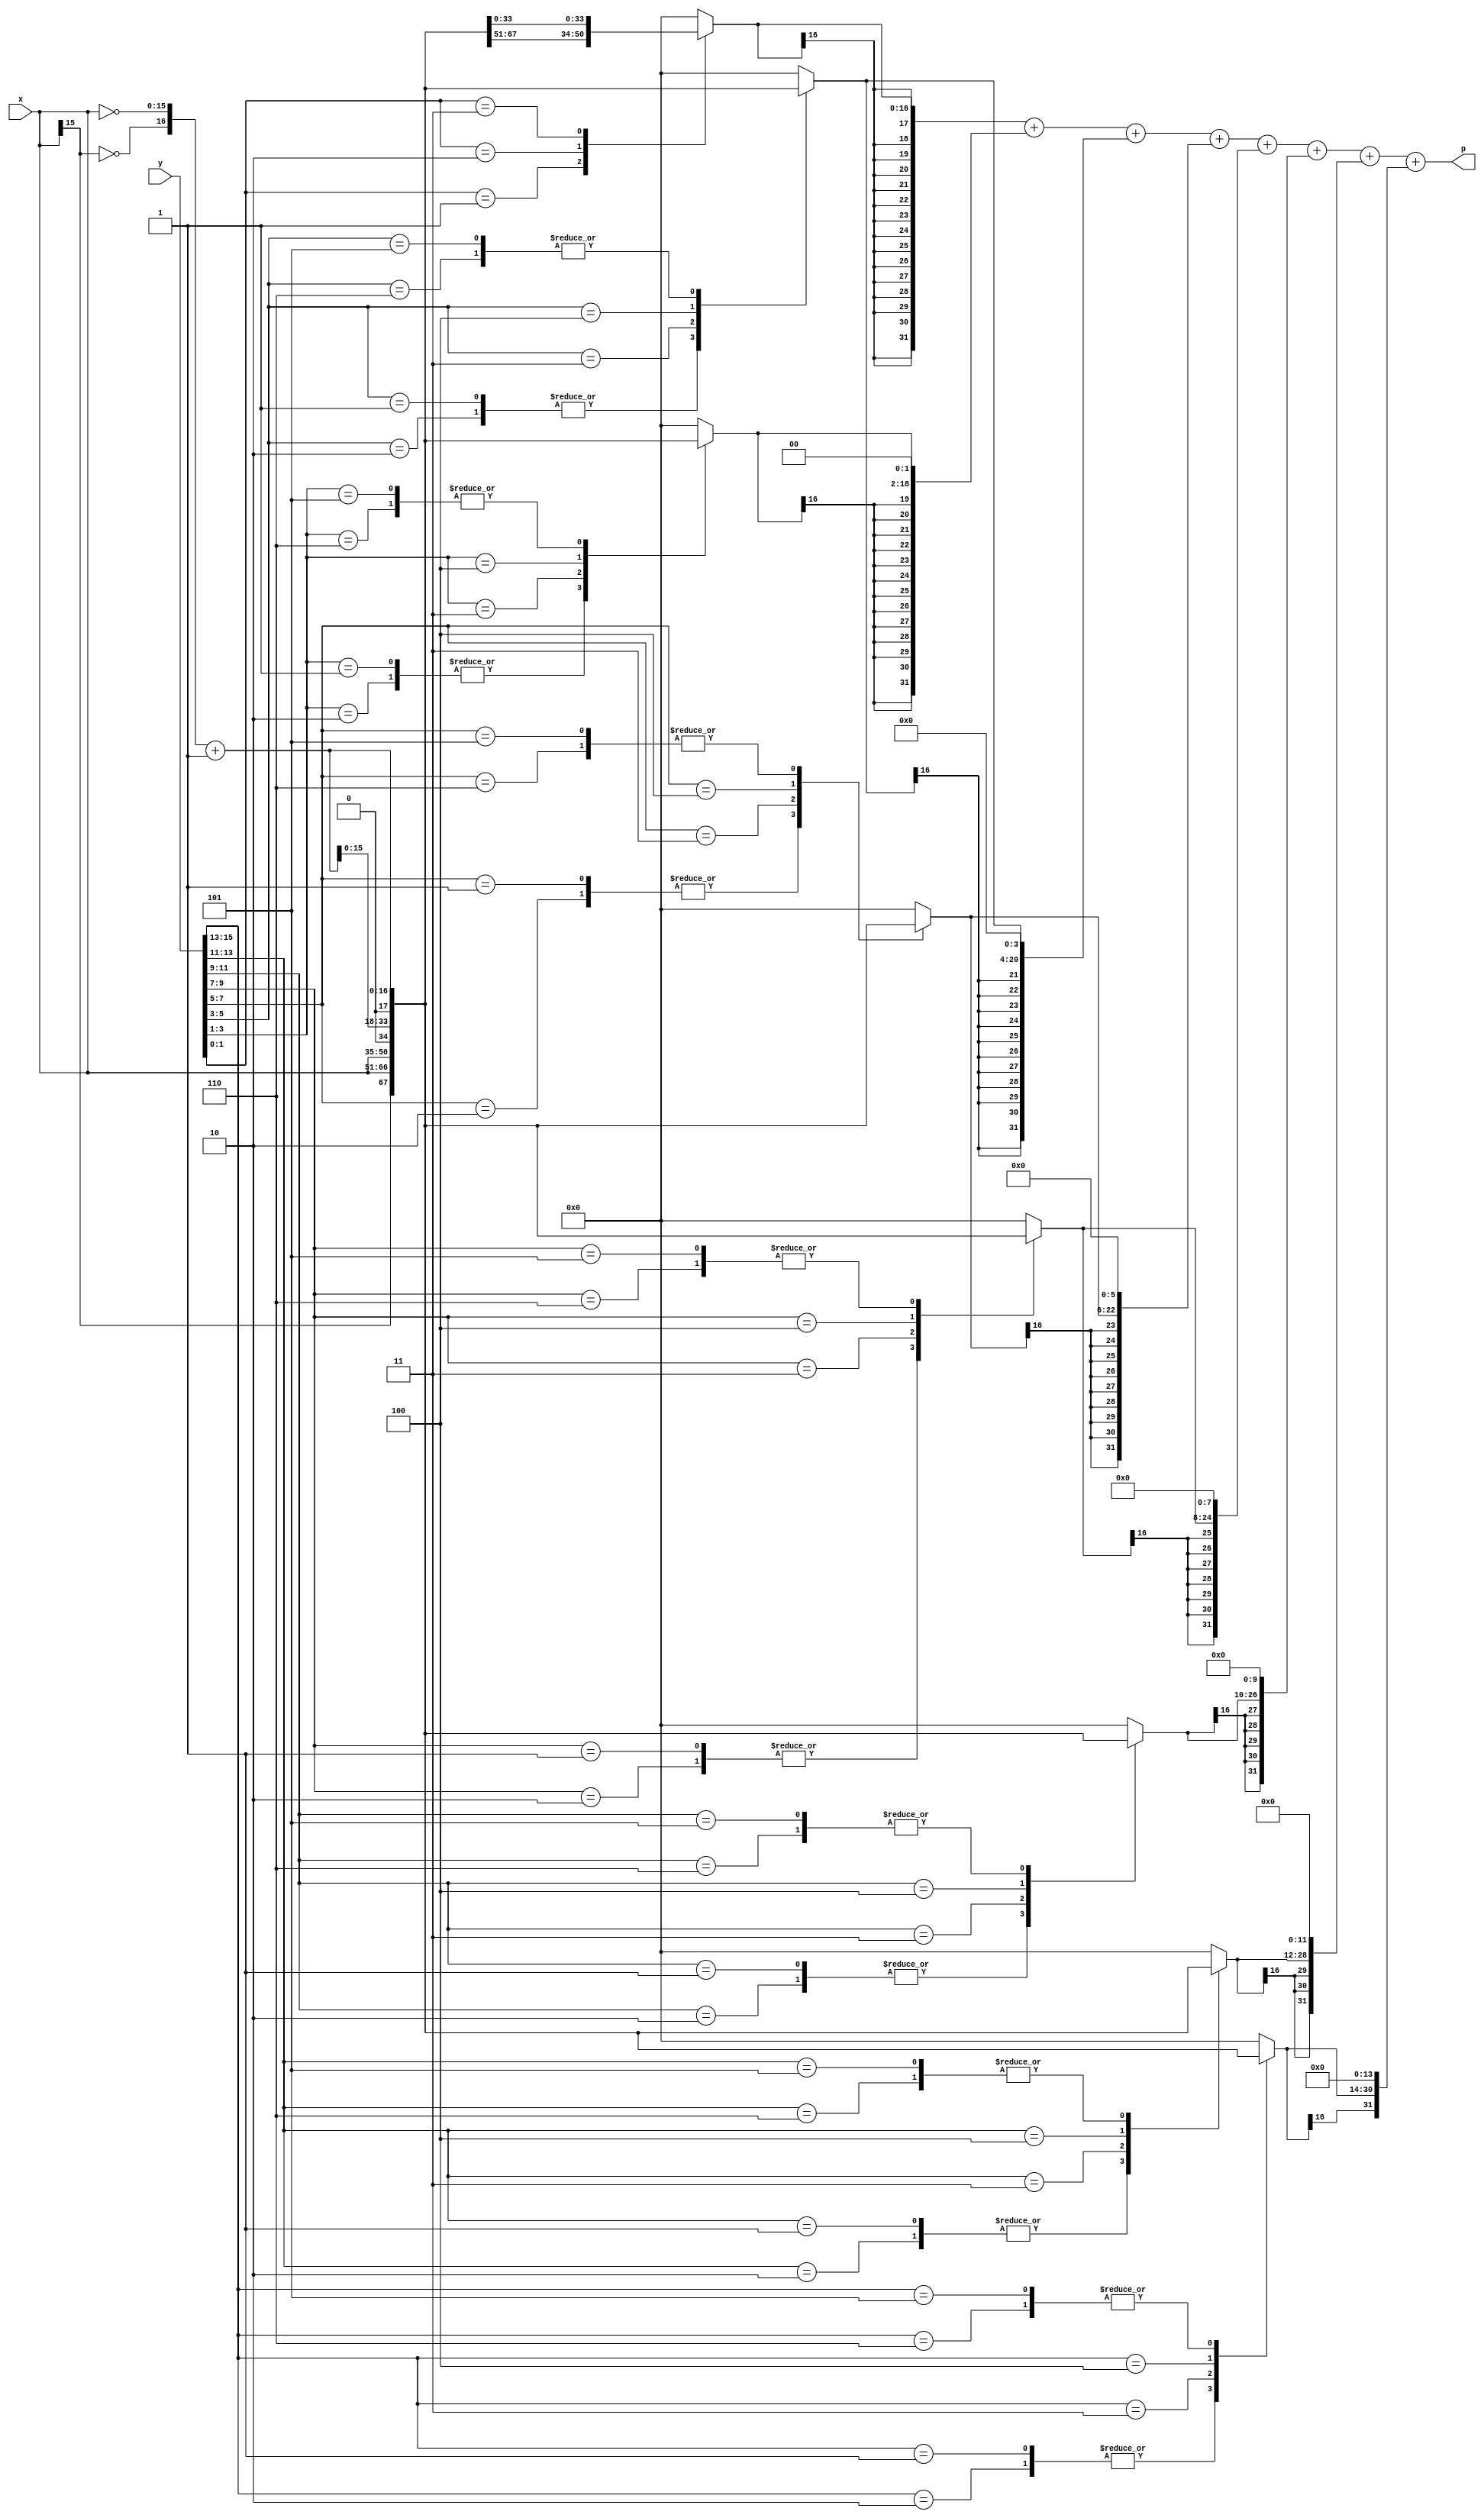
////////////////////////////////////////////////////////////////////////////////
//                        Coypright (C) Aviral Mittal.
////////////////////////////////////////////////////////////////////////////////
//   All rights reserved. Reproducion in whole or in part is prohibited without
//   written consent of copyright Owner.The professional use of this material
//   is subject to the copy right owners approval in written.
////////////////////////////////////////////////////////////////////////////////
//   Comments welcome on aviral.mittal@sli-institute.ac.uk or avimit@yahoo.com
////////////////////////////////////////////////////////////////////////////////
// It is a radix-4 booth's multiplier. It will work ONLY if width is even Number
`define width	16
`timescale 1ns/1ps

module booth_mult (p, x, y);

parameter width=`width;
parameter N = `width/2;

input	[width-1:0]		x, y;

output	[width+width-1:0]	p;

  reg [2:0] cc[N-1:0];
  reg [width:0] pp[N-1:0];
  reg [width+width-1:0] spp[N-1:0];
  reg [width+width-1:0] prod;
  wire [width:0] inv_x;
  integer kk,ii;

assign inv_x = {~x[width-1],~x}+1;
always @ (x or y or inv_x)
begin
  cc[0] = {y[1],y[0],1'b0};
  for(kk=1;kk<N;kk=kk+1)
    cc[kk] = {y[2*kk+1],y[2*kk],y[2*kk-1]};
  for(kk=0;kk<N;kk=kk+1)
  begin
    case(cc[kk]) 
      3'b001 , 3'b010 : pp[kk] = {x[width-1],x};
      3'b011 : pp[kk] = {x,1'b0};
      3'b100 : pp[kk] = {inv_x[width-1:0],1'b0};
      3'b101 , 3'b110 : pp[kk] = inv_x;
      default : pp[kk] = 0;
    endcase
    spp[kk] = $signed(pp[kk]);
    for(ii=0;ii<kk;ii=ii+1)
      spp[kk] = {spp[kk],2'b00}; //multiply by 2 to the power x or shifting operation
  end //for(kk=0;kk<N;kk=kk+1)
  prod = spp[0];
  for(kk=1;kk<N;kk=kk+1)
    prod = prod + spp[kk];
end
assign p = prod;
endmodule